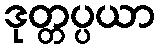
ဒုတ္တပ္ပယာ